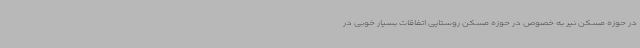
در حوزه مسکن نیر به خصوص در حوزه مسکن روستایی اتفاقات بسیار خوبی در